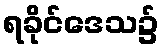
ရခိုင်ဒေသ၌